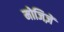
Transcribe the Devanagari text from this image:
मोजिज़ें